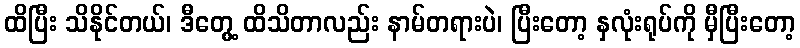
ထိပြီး သိနိုင်တယ်၊ ဒီတွေ့ ထိသိတာလည်း နာမ်တရားပဲ၊ ပြီးတော့ နှလုံးရုပ်ကို မှီပြီးတော့